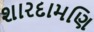
શારદામણિ